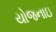
યોજનાઇ